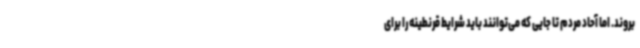
بروند. اما آحاد مردم تا جایی که می‌توانند باید شرایط قرنطینه را برای